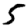
Digit: 5